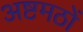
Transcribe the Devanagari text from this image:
अष्टमठों